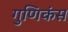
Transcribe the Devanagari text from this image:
गुणिकंस